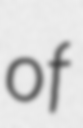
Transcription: of